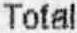
TOTAL